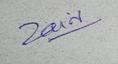
Signature authenticity: genuine